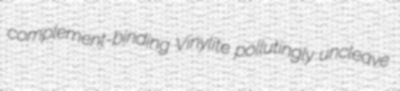
complement-binding Vinylite pollutingly uncleave